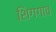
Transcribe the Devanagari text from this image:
शिगगाव